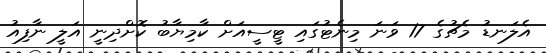
އެލަނޑު މެޗުގެ 17 ވަނަ މިނެޓުގައި ޓީސީއަށް ކާމިޔާބު ކޮށްދިނީ އަލީ ނާފިއު